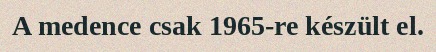
A medence csak 1965-re készült el.